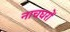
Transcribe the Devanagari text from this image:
नाचघरों